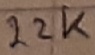
Text: 22K